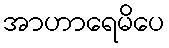
အာဟာရေမိပေ